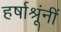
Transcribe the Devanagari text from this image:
हर्षाश्रूंनीं